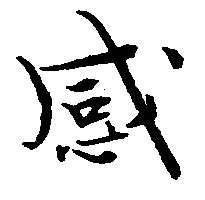
感